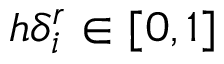
h \delta _ { i } ^ { r } \in [ 0 , 1 ]